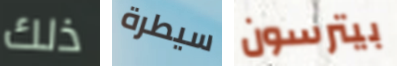
ذلك سيطرة بيترسون